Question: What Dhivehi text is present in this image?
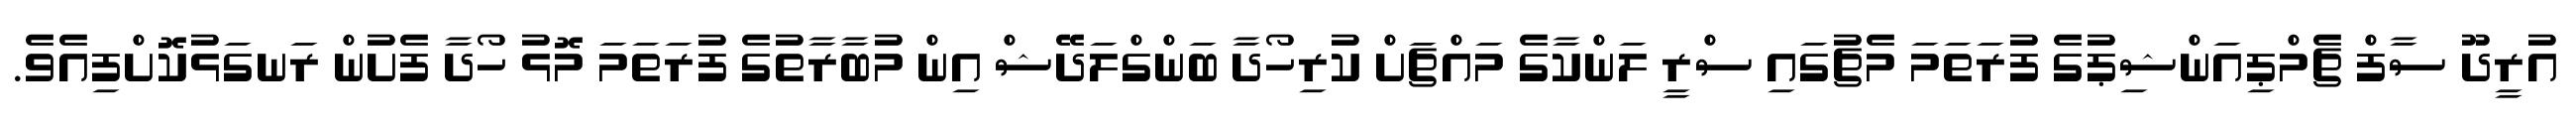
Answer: އުރީދޫ ސާފް ޗެމްޕިއަންޝިޕުގެ ފުރަތަމަ މެޗުގައި ސްރީ ލަންކާގެ މައްޗަށް ކުރިހޯދާ ބަންގްލަދޭޝް އިން މުބާރާތުގެ ފުރަތަމަ މޮޅު ހޯދާ ފެށުން ރަނގަޅުކޮށްފިއެވެ.